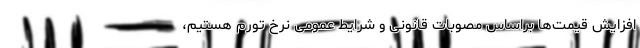
افزایش قیمت‌ها براساس مصوبات قانونی و شرایط عمومی نرخ تورم هستیم،